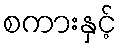
စကားနှင့်